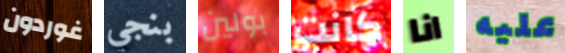
غوردون بنجي بولين كانت انا عليه